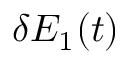
\delta E _ { 1 } ( t )